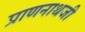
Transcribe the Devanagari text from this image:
प्राणनाथजी